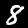
Digit: 8